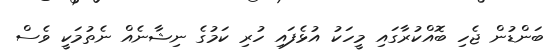
ބަންޑުން ޖެހި ބޮއްކުރާގައި މީހަކު އުޅެފައި ހުރި ކަމުގެ ނިޝާނެއް ނެތުމަކީ ވެސް